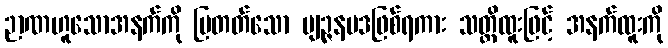
ဉာဏဟူသောအနက်ကို ပြတတ်သော ဗျဉ္ဇနပဒဖြစ်ရကား သတ္တိထူးဖြင့် အနက်ထူးကို